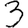
Digit: 3